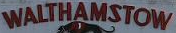
WALTHAMSTOW